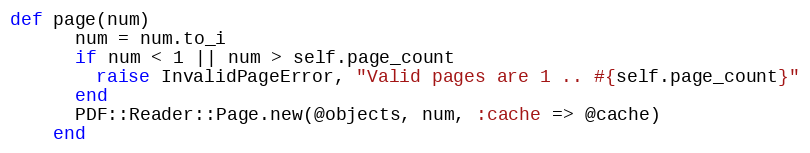
Language: Ruby
def page(num)
      num = num.to_i
      if num < 1 || num > self.page_count
        raise InvalidPageError, "Valid pages are 1 .. #{self.page_count}"
      end
      PDF::Reader::Page.new(@objects, num, :cache => @cache)
    end